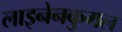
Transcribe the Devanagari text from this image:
लाइनेनकुगल